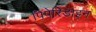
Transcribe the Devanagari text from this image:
पिपेरिडाइन